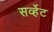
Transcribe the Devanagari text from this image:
सर्व्हेट